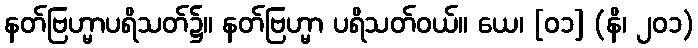
နတ်ဗြဟ္မာပရိသတ်၌။ နတ်ဗြဟ္မာ ပရိသတ်ဝယ်။ ယေ၊ [၀၁] (နိ၊ ၂၀၁)